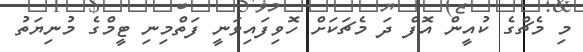
މި މެޗްގެ ކުއީން އޮފް ދަ މެޗަކަށް ހޮވިފައިވަނީ ފަތްމިނި ޓީމްގެ މުނިޔަތު